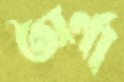
অর্ণা